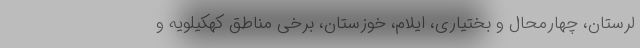
لرستان، چهارمحال و بختیاری، ایلام، خوزستان، برخی مناطق کهکیلویه و